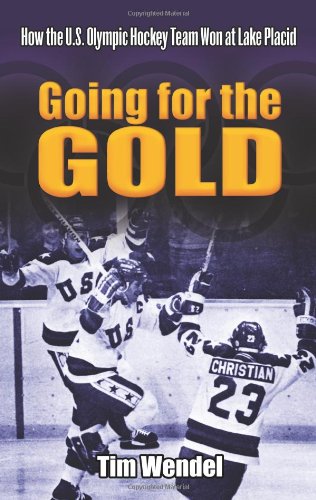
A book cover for Going for the Gold: How the U.S. Olympic Hockey Team Won at Lake Placid (Dover Books on Sports and Popular Recreations); Tim Wendel; Sports & Outdoors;